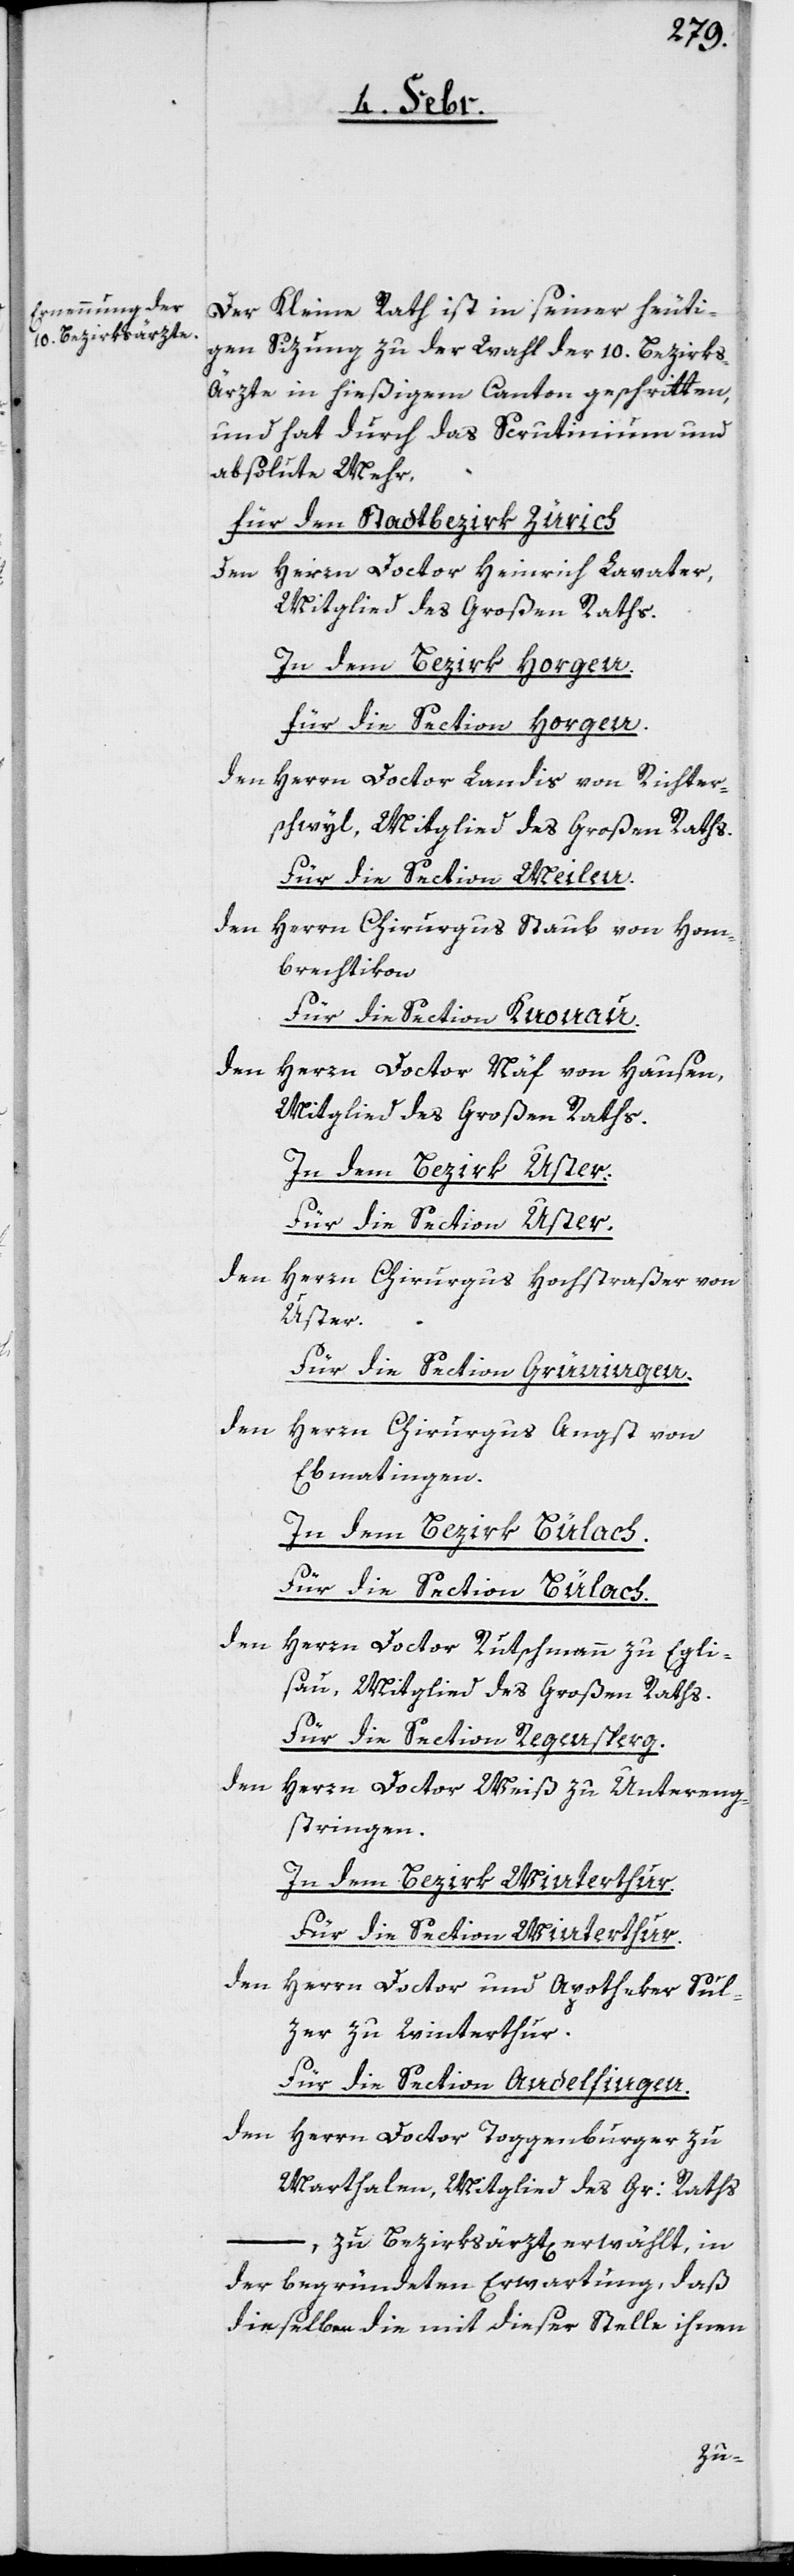
Der Kleine Rath ist in seiner heuti¬
gen Sizung zu der Wahl der 10. Bezirks-Ä¬
rzte in hießigem Canton geschritten,
und hat durch das Scrutinium und
absolute Mehr,
für den Stadtbezirk Zürich
den Herrn Doctor Heinrich Lavater,
Mitglied des Großen Raths.
In den Bezirk Horgen.
für die Section Horgen.
den Herrn Doctor Landis von Richter¬
schwyl, Mitglied des Großen Raths.
Für die Section Meilen.
den
Herrn Chirurgus Staub von Hom¬
brechtikon
Für die Section Knonau.
den Herrn Doctor Näf von Hausen,
Mitglied des Großen Raths.
In dem Bezirk Uster.
Für die Section Uster.
den
Herrn Chirurgus Hochstraßer von
Uster.
Für die Section Grüningen.
den
Herrn Chirurgus Angst von
Ebmatingen.
In dem Bezirk Bülach.
Für die Section Bülach.
den
Herrn Doctor Rutschmann zu Egli¬
sau, Mitglied des Großen Raths.
Für die Section Regensperg.
den
Herrn Doctor Meiß zu Untereng¬
stringen.
In dem Bezirk Winterthur.
Für die Section Winterthur.
den
Herrn Doctor und Apotheker Sul¬
zer zu Winterthur.
Für die Section Andelfingen.
den Herrn Doctor Toggenburger zu
Marthalen, Mitglied des Gr: Raths
–, zu Bezirksärzt[en] erwählt, in
der begründeten Erwartung, daß
dieselben die mit dieser Stelle ihnen